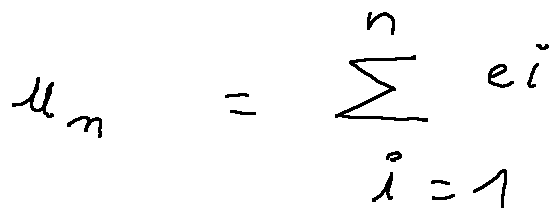
u _ { n } = \sum \limits _ { i = 1 } ^ { n } e _ { i }